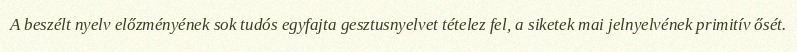
A beszélt nyelv előzményének sok tudós egyfajta gesztusnyelvet tételez fel, a siketek mai jelnyelvének primitív ősét.